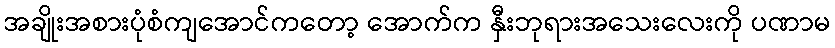
အချိုးအစားပုံစံကျအောင်ကတော့ အောက်က နှီးဘုရားအသေးလေးကို ပဏာမ